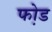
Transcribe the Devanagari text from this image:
फो़ड